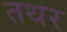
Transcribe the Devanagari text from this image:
तथर